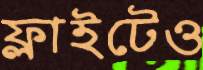
ফ্লাইটেও